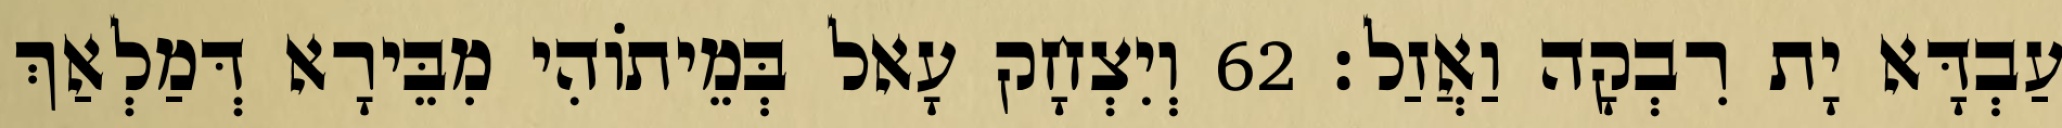
עַבְדָּא יָת רִבְקָה וַאֲזַל׃ 62 וְיִצְחָק עָאל בְּמֵיתוֹהִי מִבֵּירָא דְּמַלְאַךְ